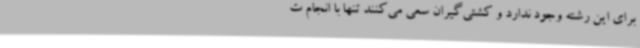
برای این رشته وجود ندارد و کشتی‌گیران سعی می‌کنند تنها با انجام ت